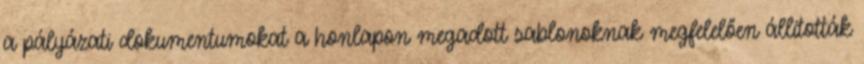
a pályázati dokumentumokat a honlapon megadott sablonoknak megfelelően állították